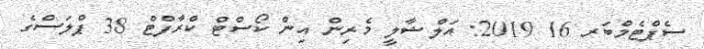
ސެޕްޓެމްބަރ 16 2019: އަލްޝާލީ މެރިން އިން ކޯސްޓް ކްރާފްޓް 38 ޕްލަސްގެ